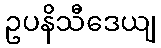
ဥပနိသီဒေယျ